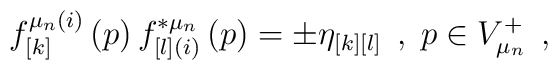
f_{\left[ k\right] }^{\mu _n(i)}\left( p\right) f_{\left[ l\right](i)}^{*\mu _n}\left( p\right) =\pm \eta _{\left[ k\right] \left[ l\right]}\;\,,\;p\in V_{\mu _n}^{+}\;\,,